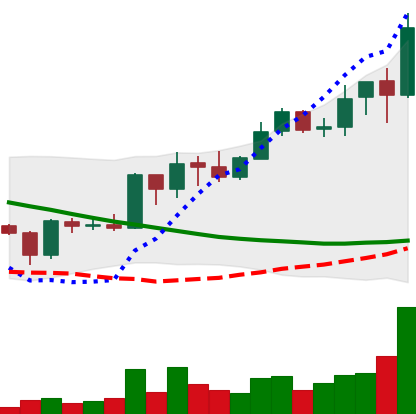
Ticker: ADA-USD
Chart end date: 2019-03-22
Forward return: 16.419%
Label: up_7plus